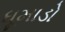
ધૂમાડો